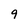
Character: 9